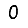
Digit: 0